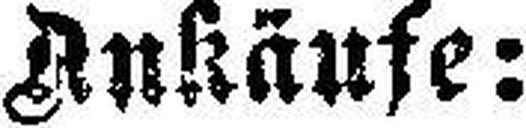
Ankäufe: